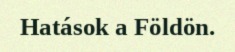
Hatások a Földön.